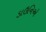
ડાઉનિએ